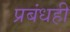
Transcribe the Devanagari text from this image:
प्रबंधही